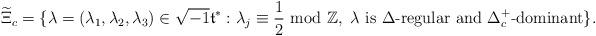
LaTeX: \begin{align*}\widetilde{\Xi}_c=\{\lambda=(\lambda_1,\lambda_2,\lambda_3)\in \sqrt{-1}\frak{t}^*: \lambda_j\equiv\frac{1}{2}\textrm{ mod }\mathbb{Z}, ~\lambda\textrm{ is }\Delta\textrm{-regular and }\Delta_c^+\textrm{-dominant}\}.\end{align*}